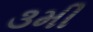
૩મી